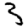
Digit: 3